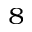
^ 8